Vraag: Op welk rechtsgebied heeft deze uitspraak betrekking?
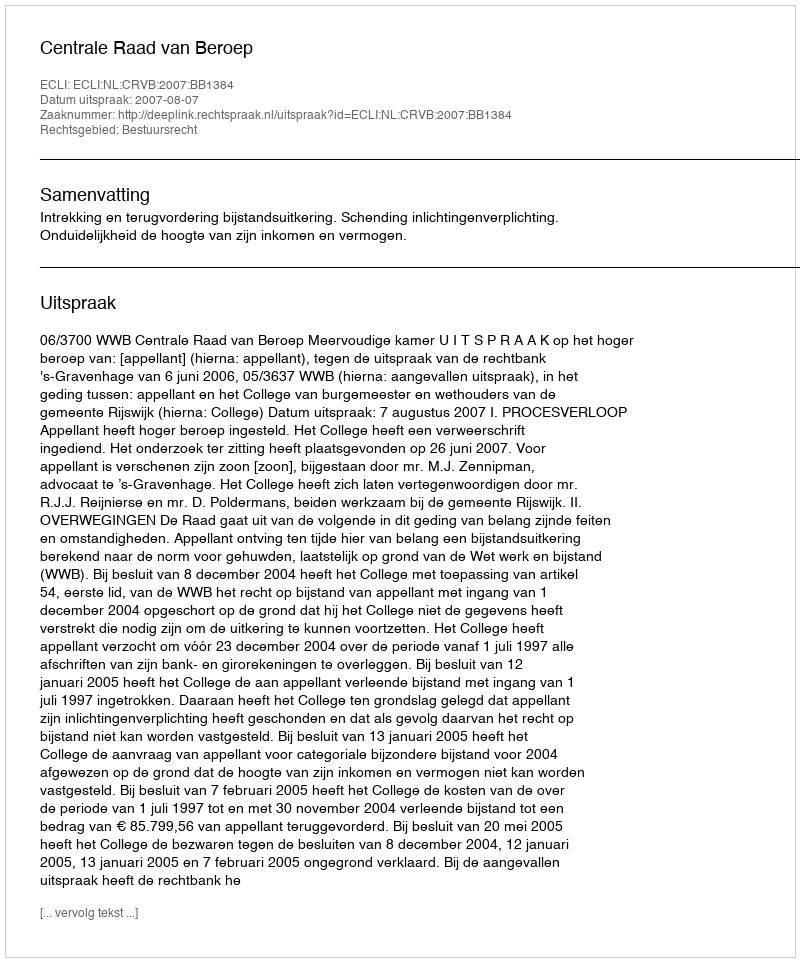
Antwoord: Bestuursrecht